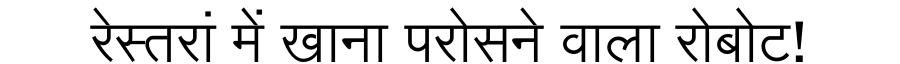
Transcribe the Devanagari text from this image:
रेस्तरां में खाना परोसने वाला रोबोट!